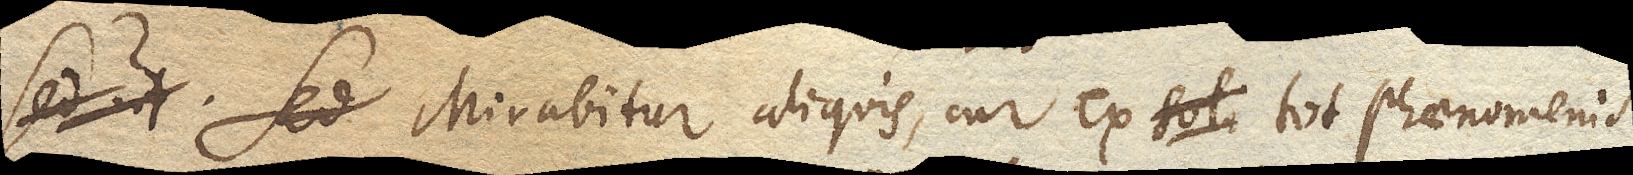
Sed ut Mirabitur aliquis, cur ex tot phaenomenis